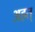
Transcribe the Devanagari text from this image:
अहत्